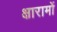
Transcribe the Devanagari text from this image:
क्षारामों